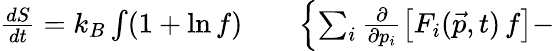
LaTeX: \begin{array}{rlr}{\frac{dS}{dt}=k_{B}\int(1+\ln f)}&{{}}&{\left\{ \sum_{i}\frac{\partial}{\partial p_{i}}\left[F_{i}(\vec{p},t)\, f\right]-\right.}\end{array}